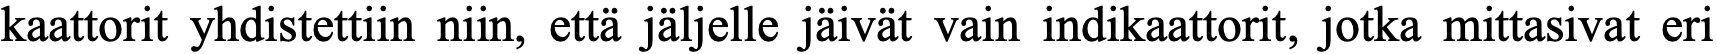
kaattorit yhdistettiin niin, että jäljelle jäivät vain indikaattorit, jotka mittasivat eri